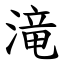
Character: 滝